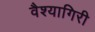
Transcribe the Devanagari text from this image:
वैश्यागिरी